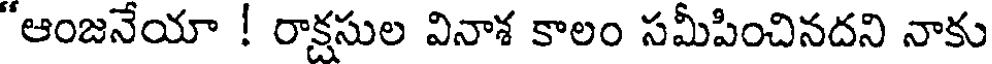
"ఆంజనేయా ! రాక్షసుల వినాశ కాలం సమీపించినదని నాకు